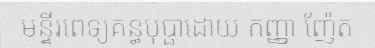
មន្ទីរពេទ្យគន្ធបុប្ផាដោយ កញ្ញា ញ៉ែត